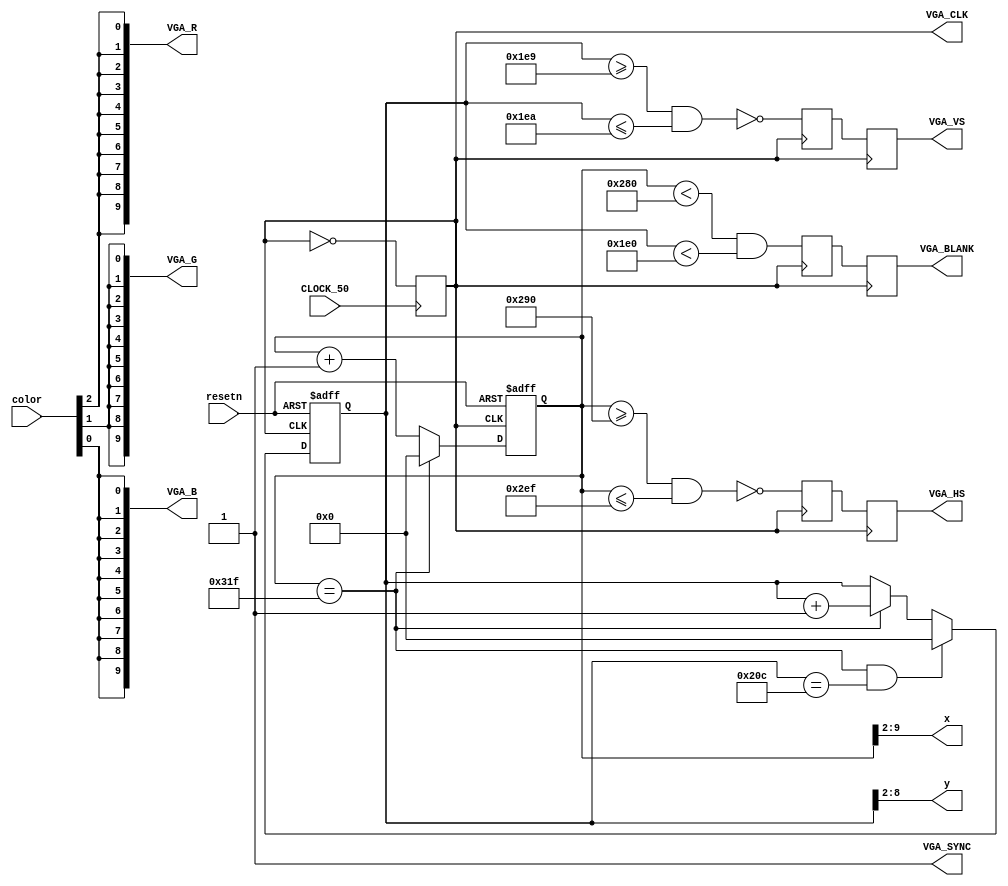
/*
 * Based on the University of Toronto vga_controller, modified by Jay Brockman, U. Notre Dame
 * Major differences
 *    - Outputs x,y indices rather than linear memory address
 *    - Takes CLOCK_50 as input and generates 25 MHz VGA_CLK using simple clock divider
 *    - Self contained, no dependence on external modules
 */

module vga_xy_controller(
   CLOCK_50, 
   resetn, 
   color, 
   x, 
   y, 
   VGA_R, 
   VGA_G, 
   VGA_B,
   VGA_HS, 
   VGA_VS, 
   VGA_BLANK,
   VGA_SYNC, 
   VGA_CLK);
	
	/* Screen resolution and colour depth parameters. */
	
	parameter BITS_PER_COLOR_CHANNEL = 1;
	/* The number of bits per colour channel used to represent the colour of each pixel. A value
	 * of 1 means that Red, Green and Blue colour channels will use 1 bit each to represent the intensity
	 * of the respective colour channel. For BITS_PER_COLOR_CHANNEL=1, the adapter can display 8 colours.
	 * In general, the adapter is able to use 2^(3*BITS_PER_COLOR_CHANNEL) colours. The number of colours is
	 * limited by the screen resolution and the amount of on-chip memory available on the target device.
	 */	
	
	parameter MONOCHROME = "FALSE";
	/* Set this parameter to "TRUE" if you only wish to use black and white colours. Doing so will reduce
	 * the amount of memory you will use by a factor of 3. */
	
//	parameter RESOLUTION = "320x240";
	parameter RESOLUTION = "160x120";
	/* Set this parameter to "160x120" or "320x240". It will cause the VGA adapter to draw each dot on
	 * the screen by using a block of 4x4 pixels ("160x120" resolution) or 2x2 pixels ("320x240" resolution).
	 * It effectively reduces the screen resolution to an integer fraction of 640x480. It was necessary
	 * to reduce the resolution for the Video Memory to fit within the on-chip memory limits.
	 */
	
	//--- Timing parameters.
	/* Recall that the VGA specification requires a few more rows and columns are drawn
	 * when refreshing the screen than are actually present on the screen. This is necessary to
	 * generate the vertical and the horizontal syncronization signals. If you wish to use a
	 * display mode other than 640x480 you will need to modify the parameters below as well
	 * as change the frequency of the clock driving the monitor (VGA_CLK).
	 */
   
   parameter C_VERT_NUM_PIXELS  = 10'd480;
	parameter C_VERT_SYNC_START  = 10'd489;
	parameter C_VERT_SYNC_END    = 10'd490; //(C_VERT_SYNC_START + 2 - 1); 
	parameter C_VERT_TOTAL_COUNT = 10'd525;

	parameter C_HORZ_NUM_PIXELS  = 10'd640;
	parameter C_HORZ_SYNC_START  = 10'd656;
	parameter C_HORZ_SYNC_END    = 10'd751; //(C_HORZ_SYNC_START + 96 - 1); 
	parameter C_HORZ_TOTAL_COUNT = 10'd800;
		
	/*****************************************************************************/
	/* Declare inputs and outputs.                                               */
	/*****************************************************************************/
	
	input CLOCK_50, resetn;
	input [((MONOCHROME == "TRUE") ? (0) : (BITS_PER_COLOR_CHANNEL*3-1)):0] color;
	output reg [((RESOLUTION == "320x240") ? (8) : (7)):0] x;
	output reg [((RESOLUTION == "320x240") ? (7) : (6)):0] y;
	output reg [9:0] VGA_R;
	output reg [9:0] VGA_G;
	output reg [9:0] VGA_B;
	output reg VGA_HS;
	output reg VGA_VS;
	output reg VGA_BLANK;
	output VGA_SYNC;
   output reg VGA_CLK;
	
	/*****************************************************************************/
	/* Local Signals.                                                            */
	/*****************************************************************************/
	
	reg VGA_HS1;
	reg VGA_VS1;
	reg VGA_BLANK1; 
	reg [9:0] xCounter, yCounter;
	wire xCounter_clear;
	wire yCounter_clear;
	wire vcc;
	
   initial VGA_CLK = 1'b0;

	
	/*****************************************************************************/
	/* Controller implementation.                                                */
	/*****************************************************************************/

	assign vcc =1'b1;
   
   /* Generate VGA_CLOCK at 25 MHz */
   always @(posedge CLOCK_50)
      VGA_CLK <= ~VGA_CLK;
	
	/* A counter to scan through a horizontal line. */
	always @(posedge VGA_CLK or negedge resetn)
	begin
		if (!resetn)
			xCounter <= 10'd0;
		else if (xCounter_clear)
			xCounter <= 10'd0;
		else
		begin
			xCounter <= xCounter + 1'b1;
		end
	end
	assign xCounter_clear = (xCounter == (C_HORZ_TOTAL_COUNT-1));

	/* A counter to scan vertically, indicating the row currently being drawn. */
	always @(posedge VGA_CLK or negedge resetn)
	begin
		if (!resetn)
			yCounter <= 10'd0;
		else if (xCounter_clear && yCounter_clear)
			yCounter <= 10'd0;
		else if (xCounter_clear)		//Increment when x counter resets
			yCounter <= yCounter + 1'b1;
	end
	assign yCounter_clear = (yCounter == (C_VERT_TOTAL_COUNT-1)); 
	
	/* Convert the xCounter/yCounter location from screen pixels (640x480) to our
	 * local dots (320x240 or 160x120). Here we effectively divide x/y coordinate by 2 or 4,
	 * depending on the resolution. */
	always @(*)
	begin
		if (RESOLUTION == "320x240")
		begin
			x = xCounter[9:1];
			y = yCounter[8:1];
		end
		else
		begin
			x = xCounter[9:2];
			y = yCounter[8:2];
		end
	end

	/* Generate the vertical and horizontal synchronization pulses. */
	always @(posedge VGA_CLK)
	begin
		//- Sync Generator (ACTIVE LOW)
		VGA_HS1 <= ~((xCounter >= C_HORZ_SYNC_START) && (xCounter <= C_HORZ_SYNC_END));
		VGA_VS1 <= ~((yCounter >= C_VERT_SYNC_START) && (yCounter <= C_VERT_SYNC_END));
		
		//- Current X and Y is valid pixel range
		VGA_BLANK1 <= ((xCounter < C_HORZ_NUM_PIXELS) && (yCounter < C_VERT_NUM_PIXELS));	
	
		//- Add 1 cycle delay
		VGA_HS <= VGA_HS1;
		VGA_VS <= VGA_VS1;
		VGA_BLANK <= VGA_BLANK1;	
	end
	
	/* VGA sync should be 1 at all times. */
	assign VGA_SYNC = vcc;
	
	
	/* Brighten the colour output. */
	// The colour input is first processed to brighten the image a little. Setting the top
	// bits to correspond to the R,G,B colour makes the image a bit dull. To brighten the image,
	// each bit of the colour is replicated through the 10 DAC colour input bits. For example,
	// when BITS_PER_COLOR_CHANNEL is 2 and the red component is set to 2'b10, then the
	// VGA_R input to the DAC will be set to 10'b1010101010.
	
	integer index;
	integer sub_index;
	
	always @(color)
	begin		
		VGA_R <= 'b0;
		VGA_G <= 'b0;
		VGA_B <= 'b0;
		if (MONOCHROME == "FALSE")
		begin
			for (index = 10-BITS_PER_COLOR_CHANNEL; index >= 0; index = index - BITS_PER_COLOR_CHANNEL)
			begin
				for (sub_index = BITS_PER_COLOR_CHANNEL - 1; sub_index >= 0; sub_index = sub_index - 1)
				begin
					VGA_R[sub_index+index] <= color[sub_index + BITS_PER_COLOR_CHANNEL*2];
					VGA_G[sub_index+index] <= color[sub_index + BITS_PER_COLOR_CHANNEL];
					VGA_B[sub_index+index] <= color[sub_index];
				end
			end	
		end
		else
		begin
			for (index = 0; index < 10; index = index + 1)
			begin
				VGA_R[index] <= color[0:0];
				VGA_G[index] <= color[0:0];
				VGA_B[index] <= color[0:0];
			end	
		end
	end

endmodule